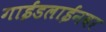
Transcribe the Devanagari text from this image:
गाईडलाईनवर